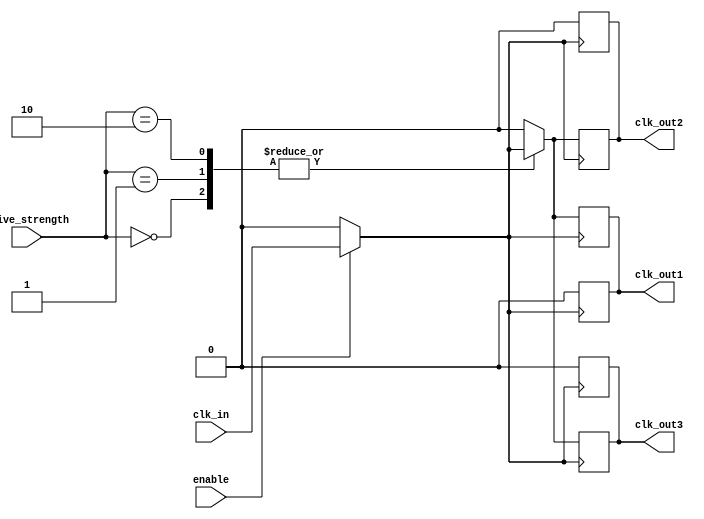
module low_power_clock_buffer (
    input wire clk_in,          // Clock input
    input wire enable,          // Enable signal
    input wire [1:0] drive_strength, // Drive strength control (00: low, 01: medium, 10: high)
    output reg clk_out1,        // Buffered clock output 1
    output reg clk_out2,        // Buffered clock output 2
    output reg clk_out3         // Buffered clock output 3
);

    // Parameters for rise and fall times (in simulation units)
    parameter RISE_TIME = 2; // Adjust as necessary for simulation
    parameter FALL_TIME = 2; // Adjust as necessary for simulation

    // Internal signal for gated clock
    reg gated_clk;

    // Clock gating logic
    always @(*) begin
        if (enable) begin
            gated_clk = clk_in;
        end else begin
            gated_clk = 1'b0; // Sleep mode
        end
    end

    // Output buffering with drive strength control
    always @(posedge gated_clk) begin
        case (drive_strength)
            2'b00: begin
                // Low drive strength
                clk_out1 <= #RISE_TIME gated_clk;
                clk_out2 <= #RISE_TIME gated_clk;
                clk_out3 <= #RISE_TIME gated_clk;
            end
            2'b01: begin
                // Medium drive strength
                clk_out1 <= #RISE_TIME gated_clk;
                clk_out2 <= #RISE_TIME gated_clk;
                clk_out3 <= #RISE_TIME gated_clk;
            end
            2'b10: begin
                // High drive strength
                clk_out1 <= #RISE_TIME gated_clk;
                clk_out2 <= #RISE_TIME gated_clk;
                clk_out3 <= #RISE_TIME gated_clk;
            end
            default: begin
                // Default case
                clk_out1 <= 1'b0;
                clk_out2 <= 1'b0;
                clk_out3 <= 1'b0;
            end
        endcase
    end

    // Controlled fall time
    always @(negedge gated_clk) begin
        clk_out1 <= #FALL_TIME 1'b0;
        clk_out2 <= #FALL_TIME 1'b0;
        clk_out3 <= #FALL_TIME 1'b0;
    end

endmodule